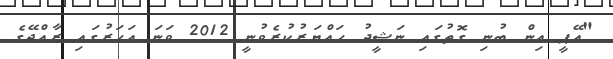
"އޭޕީ އިން ބުނި ގޮތުގައި ނަޝީދު ހައްޔަރުކުރެވުނީ 2012 ވަނަ އަހަރުގައި ރާއްޖޭގެ